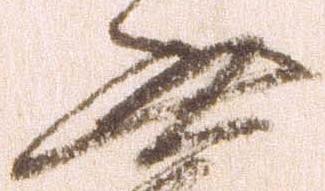
無